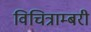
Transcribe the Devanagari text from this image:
विचित्राम्बरी